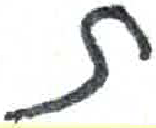
אות: ת